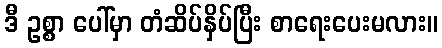
ဒီ ဥစ္စာ ပေါ်မှာ တံဆိပ်နှိပ်ပြီး စာရေးပေးမလား။